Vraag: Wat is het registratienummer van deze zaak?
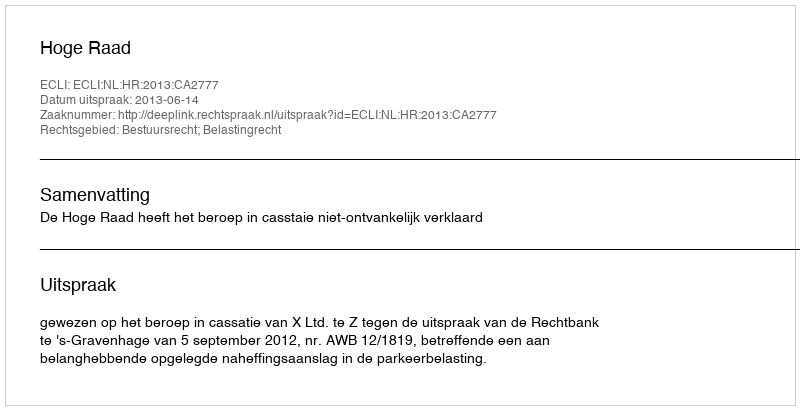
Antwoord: http://deeplink.rechtspraak.nl/uitspraak?id=ECLI:NL:HR:2013:CA2777